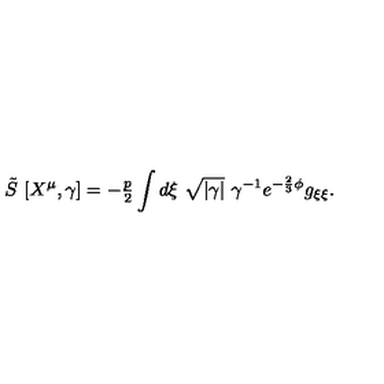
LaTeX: \tilde { S } \ [ X ^ { \mu } , \gamma ] = - { \textstyle \frac { p } { 2 } } \int d \xi \ \sqrt { | \gamma | } \ \gamma ^ { - 1 } e ^ { - \frac { 2 } { 3 } \phi } g _ { \xi \xi } .